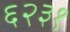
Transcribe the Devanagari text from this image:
६२३१